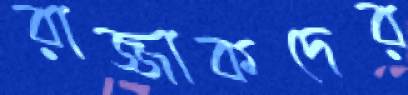
রাজ্জাকদের